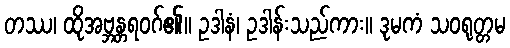
တဿ၊ ထိုအဗ္ဘန္တရဝဂ်၏။ ဥဒါနံ၊ ဥဒါန်းသည်ကား။ ဒုမကံ သဝရုတ္တမ